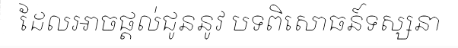
ដែលអាចផ្តល់ជូននូវ បទពិសោធន៍ទស្សនា